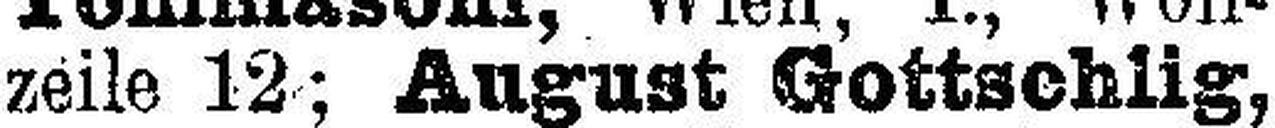
zeile 12; August Gottschlig,